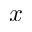
x